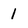
Character: 1